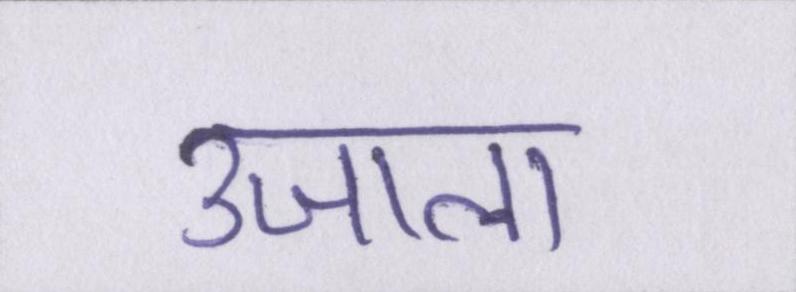
उजाला